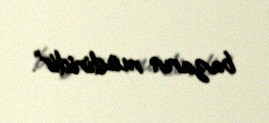
bazarın müdiridir”.